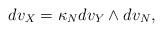
LaTeX: \begin{align*}dv_X = \kappa_N dv_Y \wedge dv_N,\end{align*}